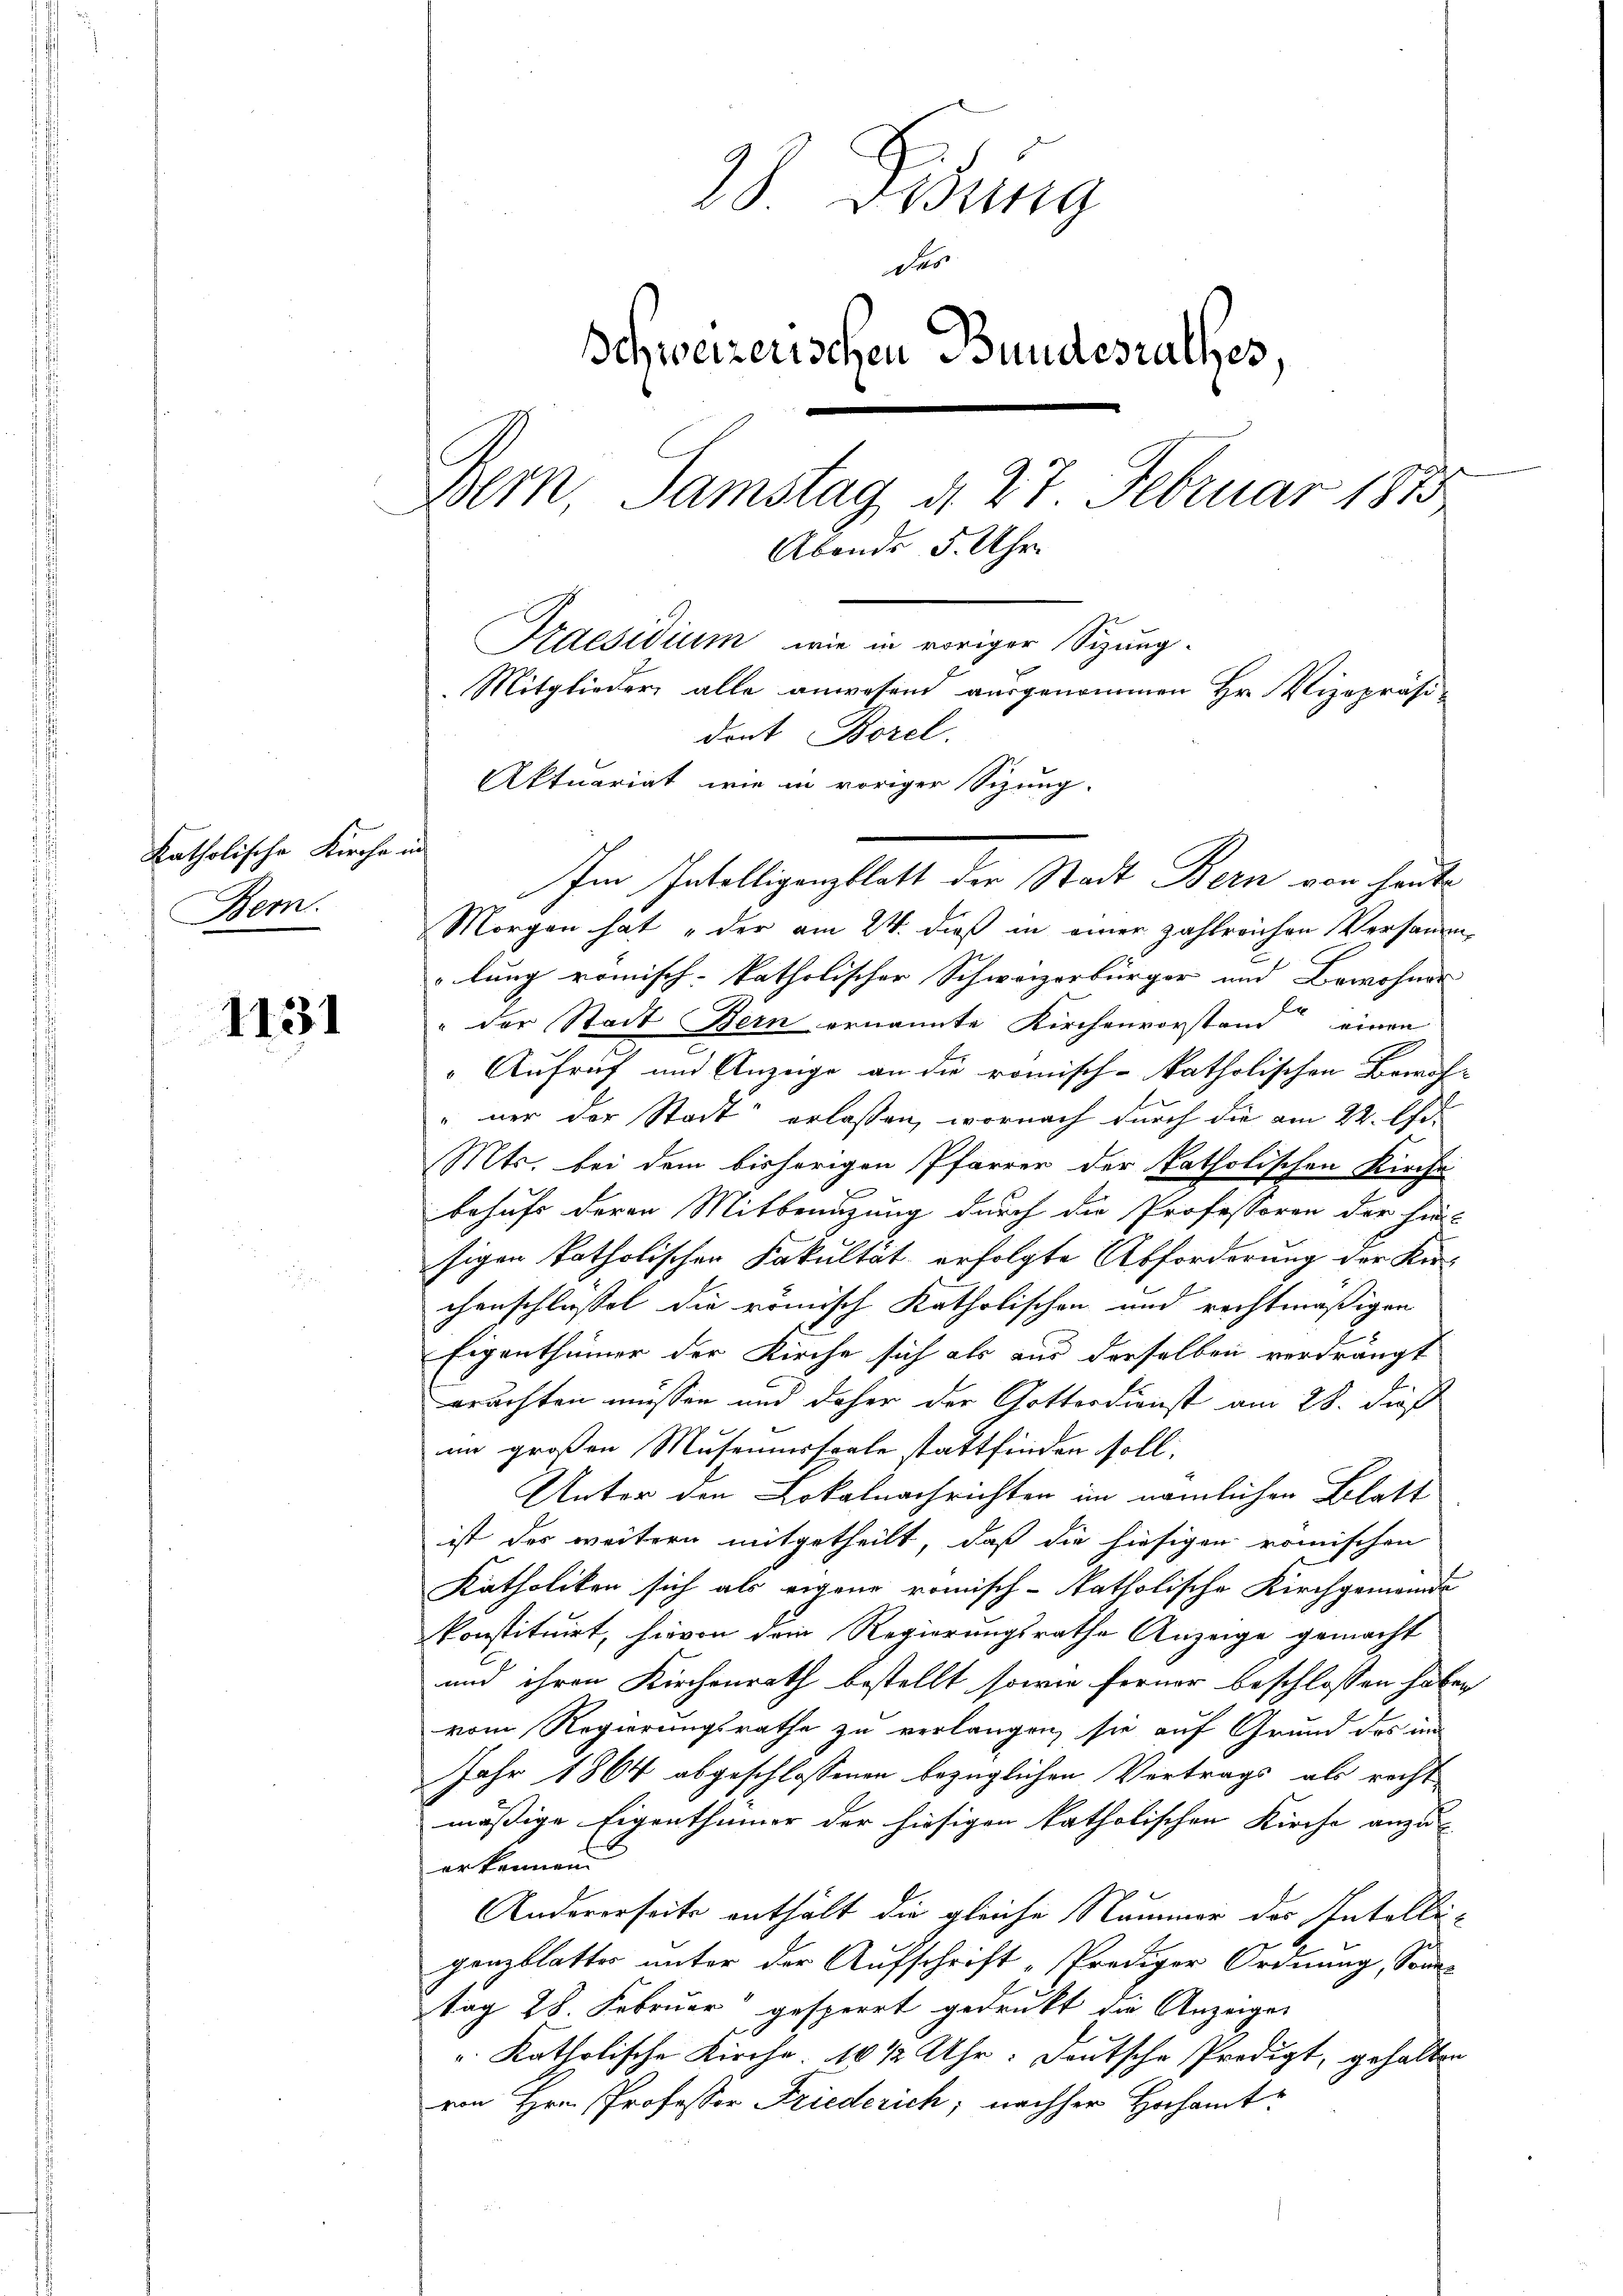
katholische Kirche in
Bern.

1131

28 Sessing
des
Schweizerischen Bundesrathes,
Bern Samstag d. 27 Februar 1873
Abende 5. Uhr.
Praesidium, wie in voriger Sitzung.
Mitglieder alle anwesend ausgenommen Hr. Vizepräsi-
dont Borel.
Aktuariat wie in voriger Sizung.

Im Intelligenzblatt der Stadt Bern von heute
Morgen hat „der am 24. dieß in einer zahlreichen Versammlung römisch-katholischer Schweizerbürger und Bewohner
" der Stadt Bern ernannte Kirchenvorstand einen
Aufruf und Anzeige an die römisch-katholischen Beruf-
" wer der Stadt erlassen, wornach durch die am 22. A.
Mts. bei dem bisherigen Pfarrer der katholischen Kirche
behufs deren Mitbenuzung durch die Professoren der hin-
sigen katholischen Fakultät erfolgte Abforderung der Ku
chenschlasset die römisch katholischen und rechtmäßigen
Eigenthümer der Kirche sich als aus derselben verdrängt
erachten müssen und daher der Gotterdienst am 28. dieß
m großen Museumssaale stattfinden soll.
Unter den Lokalnachrichten im nämlichen Blatt
ist des weitern mitgetheilt, daß die hiesigen römischen
Katholiken sich als eigene römisch-katholische Kirchgemeinde
konstituirt, hievon dem Regierungsrathe Anzeige gemacht
und ihren Kirchenrath bestellt sowie ferner beschlossen haben,
vom Regierungsrathe zu verlangen, sie auf Grund des im
Jahr 1864 abgeschlossenen bezüglichen Vertrags als recht
mäßige Eigenthümer der hiesigen katholischen Kirche anzu
erkennen.
Andererseits enthält die gleiche Nummer des Intelleigenzblattes unter der Aufschrift "Prediger Ordnung, Sonn-
tag 28. Februar gesperrt gedrukt die Anzeigen
 katholische Kirche. 10 1/2 Uhr: Deutsche Predigt, gehalten
von Hrn. Professor Friederich, nachher Hochamt¬